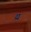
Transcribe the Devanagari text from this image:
य्र